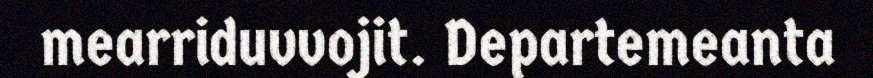
mearriduvvojit. Departemeanta